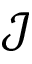
\mathcal { J }